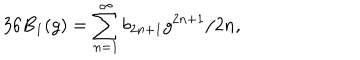
3 6 B _ { 1 } ( g ) = \sum _ { n = 1 } ^ { \infty } b _ { 2 n + 1 } g ^ { 2 n + 1 } / 2 n ,